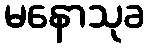
မနောသုခ